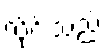
လိုင်းသည်